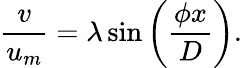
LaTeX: \frac{v}{u_{m}}=\lambda\sin\left(\frac{\phi x}{D}\right).